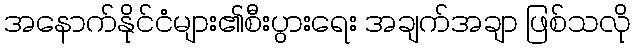
အနောက်နိုင်ငံများ၏စီးပွားရေး အချက်အချာ ဖြစ်သလို